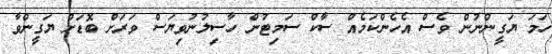
ހަމަ ޔަގީންނުން ވެސް އެހެންކަމެއް ސާކް ސަމިޓުން ހާސިލުނުވިޔަސް ވަރަށް ބޮޑަށް ޔަގީންވާ